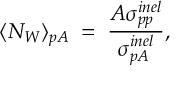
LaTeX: \langle N _ { W } \rangle _ { p A } \; = \; { \frac { A \sigma _ { p p } ^ { i n e l } } { \sigma _ { p A } ^ { i n e l } } } ,